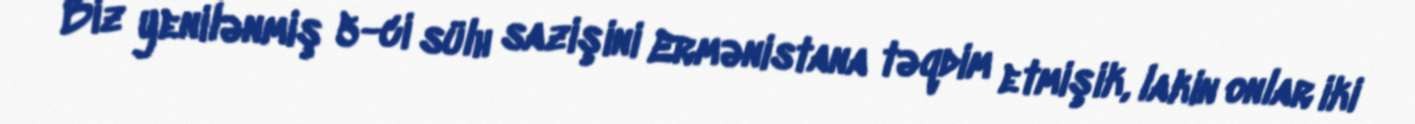
Biz yenilənmiş 5-ci sülh sazişini Ermənistana təqdim etmişik, lakin onlar iki